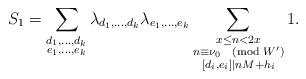
LaTeX: \begin{align*}S_1=\sum_{\substack{d_1,\ldots,d_k\\e_1,\ldots,e_k}}\lambda_{d_1,\ldots,d_k}\lambda_{e_1,\ldots,e_k}\sum_{\substack{x\leq n<2x\\n\equiv \nu_0\pmod{W^\prime}\\ [d_i,e_i]\mid nM+h_i}}1.\end{align*}